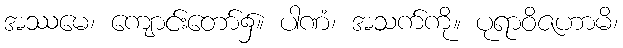
အဿမေ၊ ကျောင်းတော်၌။ ပါဏံ၊ အသက်ကို။ ပုရာဝိဇဟာမိ၊